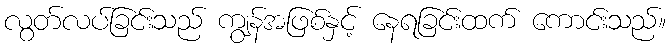
လွတ်လပ်ခြင်းသည် ကျွန်အဖြစ်နှင့် နေရခြင်းထက် ကောင်းသည်။